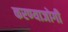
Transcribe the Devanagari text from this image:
करण्‍याजोगी